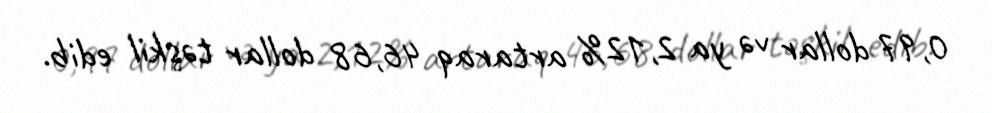
0,97 dollar və ya 2,12% artaraq 46,68 dollar təşkil edib.